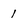
Character: 1